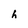
Character: h